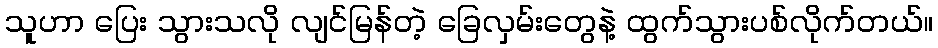
သူဟာ ပြေး သွားသလို လျင်မြန်တဲ့ ခြေလှမ်းတွေနဲ့ ထွက်သွားပစ်လိုက်တယ်။